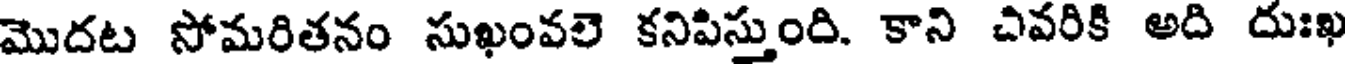
మొదట సోమరితనం సుఖంవలె కనిపిస్తుంది. కాని చివరికి అది దుఃఖ